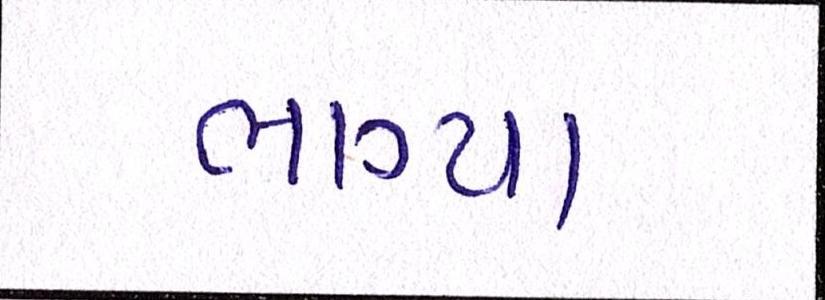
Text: ભાગ્યા